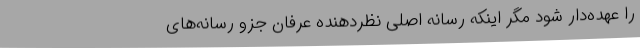
را عهده‌دار شود مگر اینکه رسانه اصلی نظردهنده عرفان جزو رسانه‌های